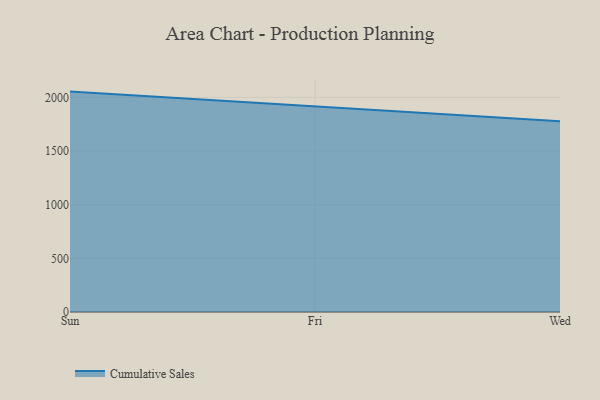
{"axis": {"x": "Day", "y": "Website Visitors"}, "legend": ["Cumulative Sales"], "data": [{"x": "Sun", "y": 2053.2, "type": "Cumulative Sales"}, {"x": "Fri", "y": 1916.0, "type": "Cumulative Sales"}, {"x": "Wed", "y": 1777.7, "type": "Cumulative Sales"}]}